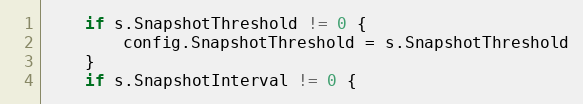
Language: Go
	if s.SnapshotThreshold != 0 {
		config.SnapshotThreshold = s.SnapshotThreshold
	}
	if s.SnapshotInterval != 0 {